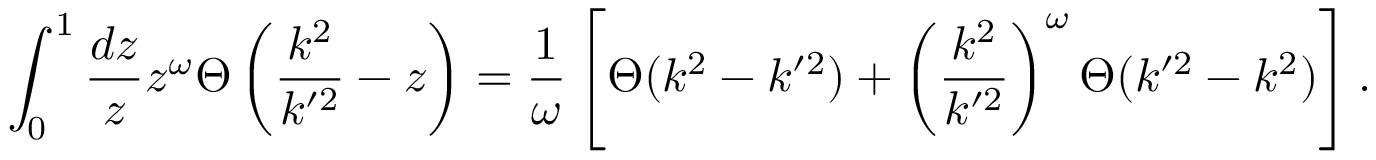
\int _ { 0 } ^ { 1 } { \frac { d z } { z } } z ^ { \omega } \Theta \left( { \frac { k ^ { 2 } } { k ^ { \prime 2 } } } - z \right) = { \frac { 1 } { \omega } } \left[ \Theta ( k ^ { 2 } - k ^ { \prime 2 } ) + \left( { \frac { k ^ { 2 } } { k ^ { \prime 2 } } } \right) ^ { \omega } \Theta ( k ^ { \prime 2 } - k ^ { 2 } ) \right] .